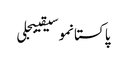
پاکستانموسیقیبجلی